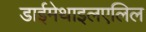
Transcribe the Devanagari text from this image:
डाईमेथाइलएलिल